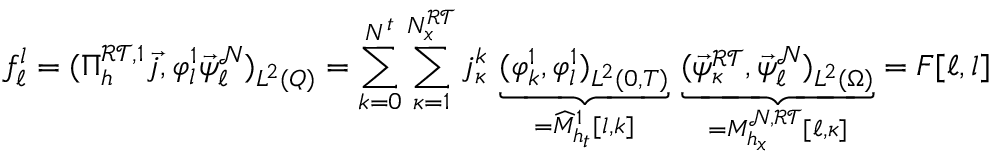
f _ { \ell } ^ { l } = ( \Pi _ { h } ^ { \mathcal { R T } , 1 } \vec { j } , \varphi _ { l } ^ { 1 } \vec { \psi } _ { \ell } ^ { \mathcal { N } } ) _ { L ^ { 2 } ( Q ) } = \sum _ { k = 0 } ^ { N ^ { t } } \sum _ { \kappa = 1 } ^ { N _ { x } ^ { \mathcal { R T } } } j _ { \kappa } ^ { k } \, \underbrace { ( \varphi _ { k } ^ { 1 } , \varphi _ { l } ^ { 1 } ) _ { L ^ { 2 } ( 0 , T ) } } _ { = \widehat M _ { h _ { t } } ^ { 1 } [ l , k ] } \, \underbrace { ( \vec { \psi } _ { \kappa } ^ { \mathcal { R T } } , \vec { \psi } _ { \ell } ^ { \mathcal { N } } ) _ { L ^ { 2 } ( \Omega ) } } _ { = M _ { h _ { x } } ^ { \mathcal { N } , \mathcal { R T } } [ \ell , \kappa ] } = F [ \ell , l ]